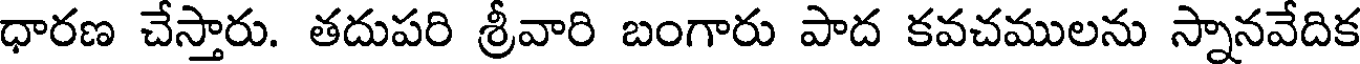
ధారణ చేస్తారు. తదుపరి శ్రీవారి బంగారు పాద కవచములను స్నానవేదిక